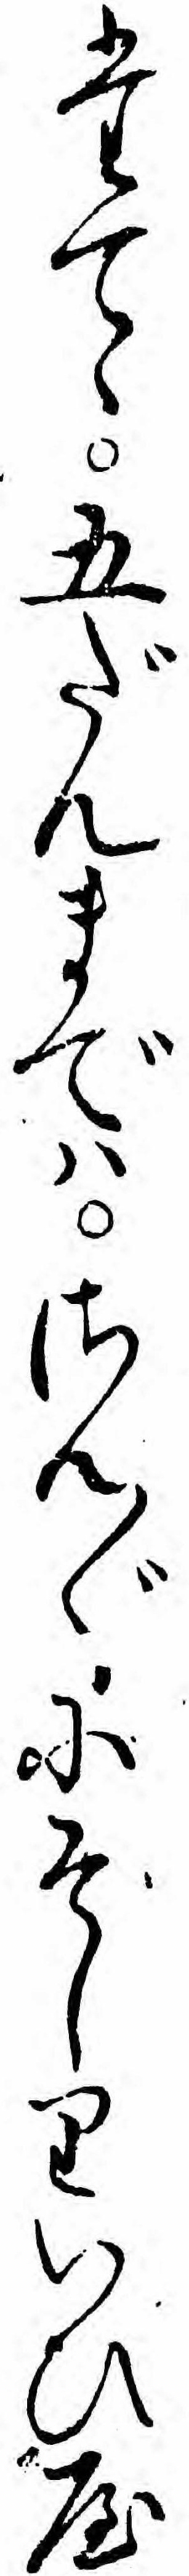
たてゝ五だんまでハさん〲にそしりいひや